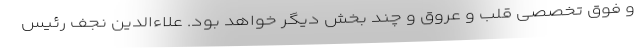
و فوق تخصصی قلب و عروق و چند بخش دیگر خواهد بود. علاءالدین نجف رئیس